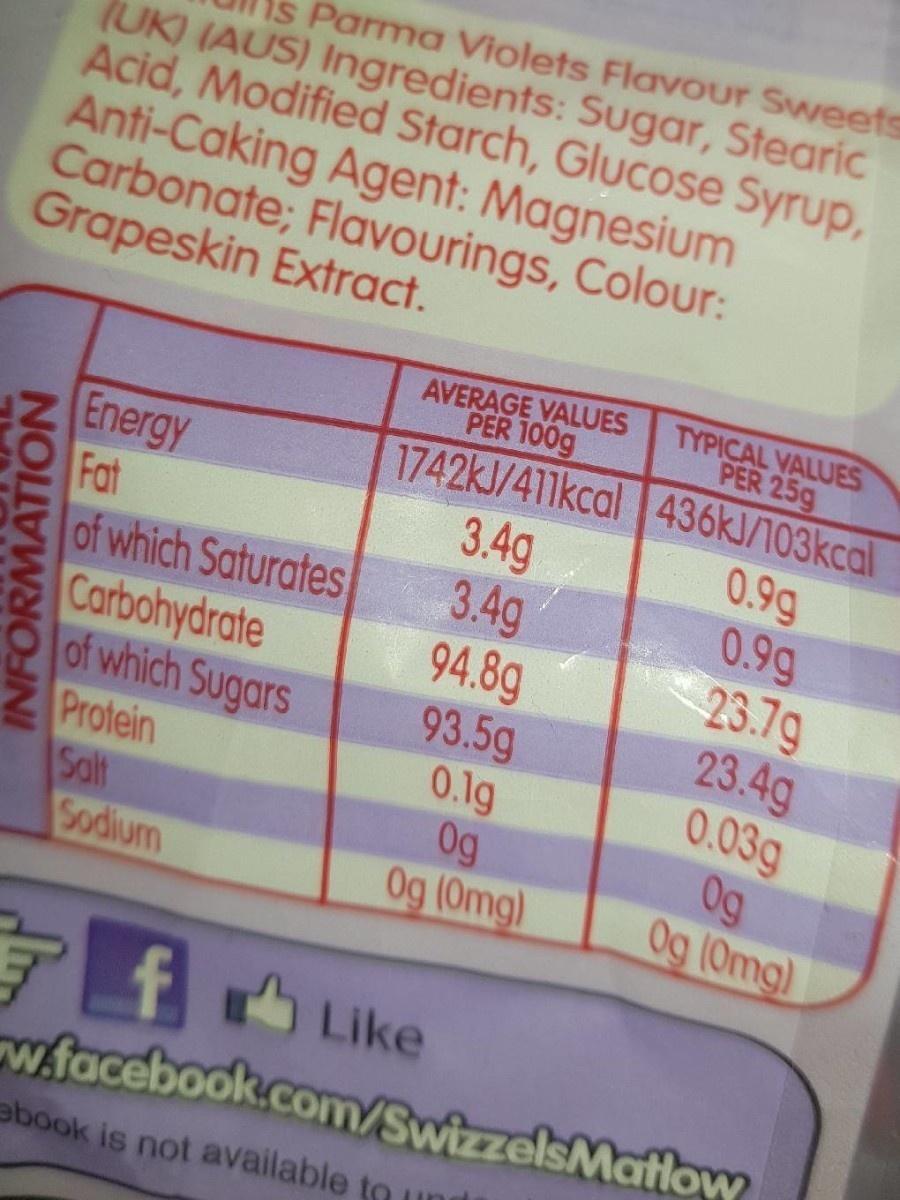
Parma Violets Flavour Sweets
(UK) (AUS) Ingredients: Sugar, Stearic Acid, Modified Starch, Glucose Syrup, Anti-Caking Agent: Magnesium Carbonate; Flavourings, Colour: Grapeskin Extract.
TYPICAL VALUES PER 25g
AVERAGE VALUES
Energy Fat of which Saturates Carbohydrate of which Sugars Protein Salf Sodium
PER 100g 1742KJ/411kcal 436KJ/103kcal 3.4g 3.4g 94.8g 93.5g 0.1g 0g Og (Omg)
0.9g 0.9g 23.79 23.4g 0.03g 0g Og (Omg)
f Like
w.facebook.com/SwizzelsMatlow
abook is not available to
INFORMATION